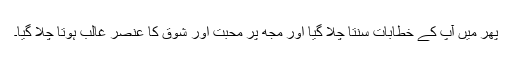
پھر میں آپ کے خطابات سنتا چلا گیا اور مجھ پر محبت اور شوق کا عنصر غالب ہوتا چلا گیا۔